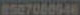
8527080948